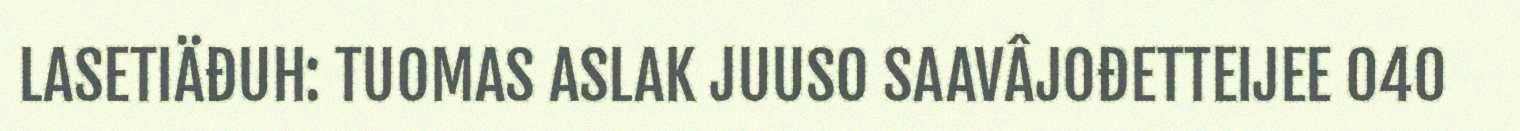
LASETIÄĐUH: TUOMAS ASLAK JUUSO SAAVÂJOĐETTEIJEE 040